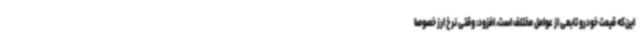
این‌که قیمت خودرو تابعی از عوامل مختلف است، افزود: وقتی نرخ ارز خصوصا